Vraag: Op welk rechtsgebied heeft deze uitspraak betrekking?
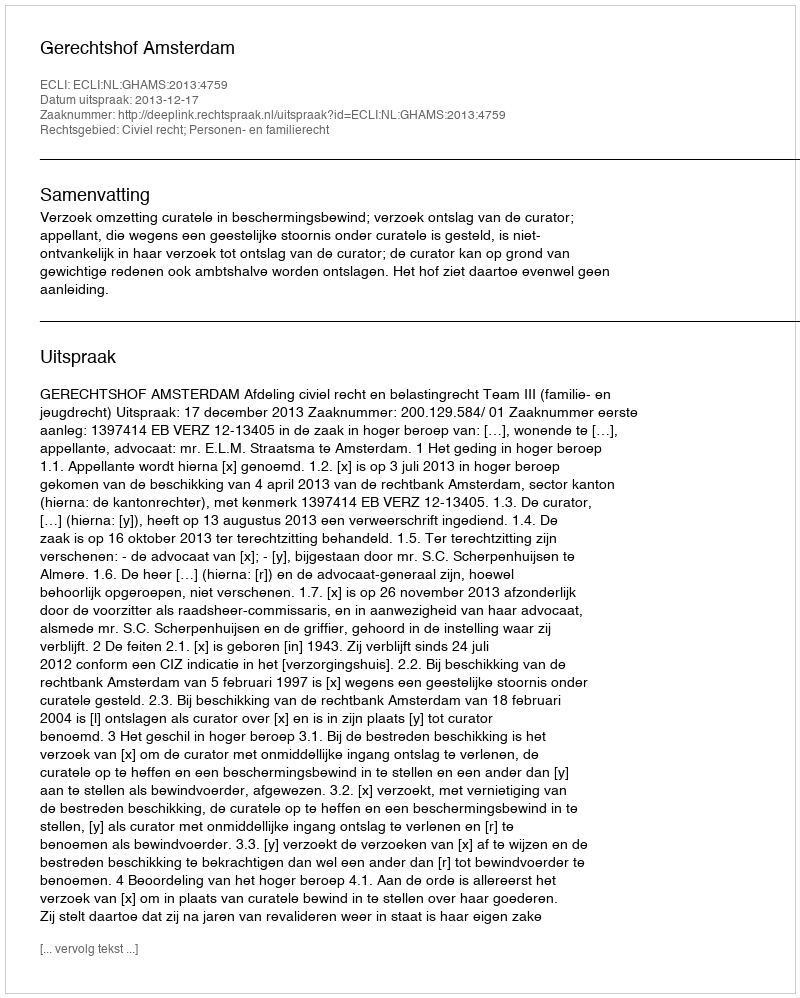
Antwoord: Civiel recht; Personen- en familierecht